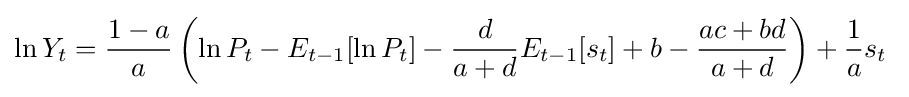
\ln {Y_{t}}={\frac {1-a}{a}}\left(\ln {P_{t}}-E_{t-1}[\ln {P_{t}}]-{\frac {d}{a+d}}E_{t-1}[s_{t}]+b-{\frac {ac+bd}{a+d}}\right)+{\frac {1}{a}}s_{t}\;